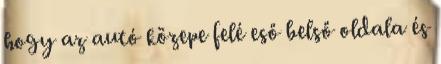
hogy az autó közepe felé eső belső oldala és